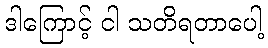
ဒါကြောင့် ငါ သတိရတာပေါ့